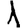
Digit: 1